Annual administration report of the Civil Veterinary Department, Ajmere-Merwara, British Rajputana - 1914-1940
Year: 1914
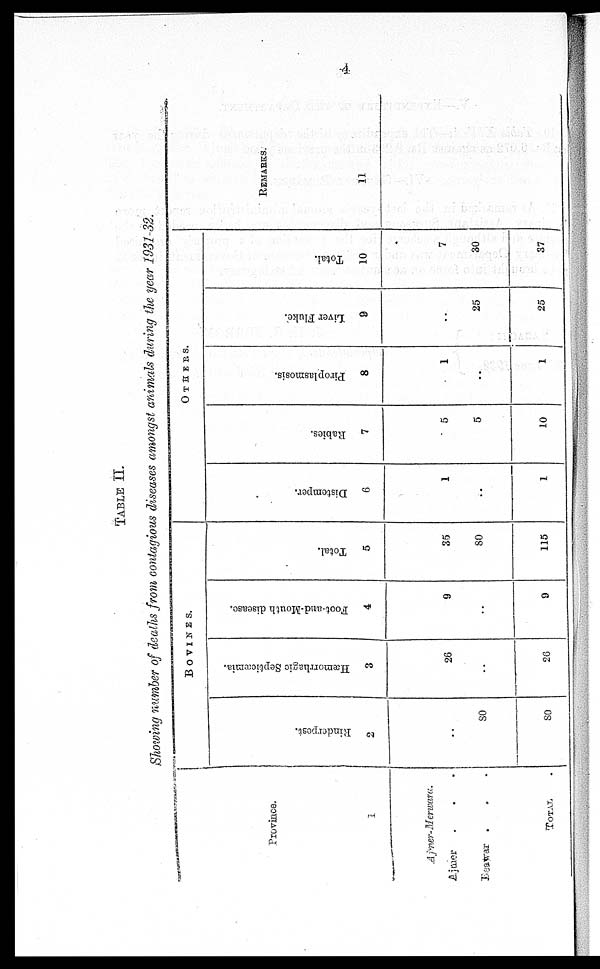
4
TABLE II.
Showing number of deaths from contagious diseases amongst animals during the year 1931-32.
Province.
1
Ajmer-Merware.
Ajmer . . .
Beawar . . .
TOTAL
BOVINES.
Rinderpest.
2
....
80
80
Hæmorrhagic Septicæmia.
3
26
..
26
Foot-and-Mouth disease.
4
9
..
9
Total.
5
35
80
115
OTHERS.
Distemper.
6
1
..
1
Rabies.
7
5
5
10
Piroplasmosis.
8
1
..
1
Liver Fluke.
9
..
25
25
Total.
10
7
30
37
REMARKS.
11